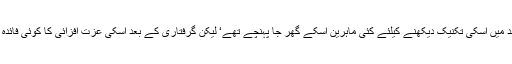
گو کہ بعد میں اسکی تکنیک دیکھنے کیلئے کئی ماہرین اسکے گھر جا پہنچے تھے‘ لیکن گرفتاری کے بعد اسکی عزت افزائی کا کوئی فائدہ نہیں تھا۔